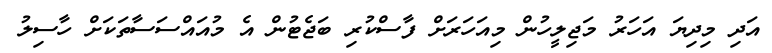
އަދި މިދިޔަ އަހަރު މަޖިލީހުން މިއަހަރަށް ފާސްކުރި ބަޖެޓުން އެ މުއައްސަސާތަކަށް ހާސިލު